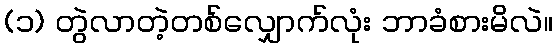
(၁) တွဲလာတဲ့တစ်လျှောက်လုံး ဘာခံစားမိလဲ။